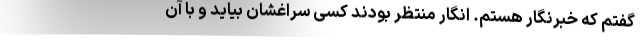
گفتم که خبرنگار هستم. انگار منتظر بودند کسی سراغشان بیاید و با آن